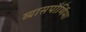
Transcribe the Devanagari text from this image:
व्यासपौर्णिमा